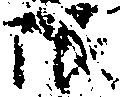
限